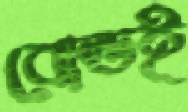
বোল্ডই